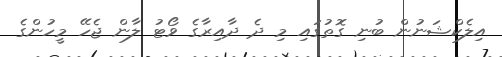
އިލެކްޝަނުން ބުނި ގޮތުގައި މި ދެ ދާއިރާގެ ވޯޓު ލާން ޖެހޭ މީހުންގެ